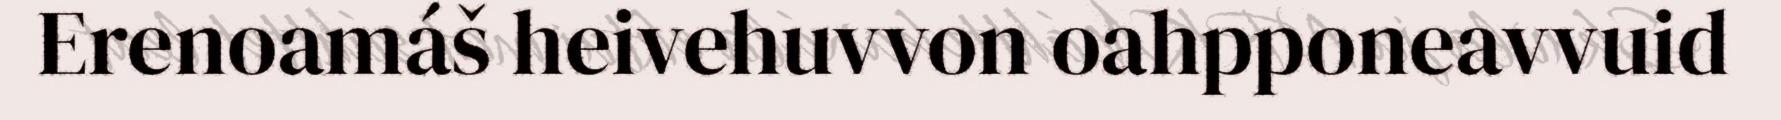
Erenoamáš heivehuvvon oahpponeavvuid